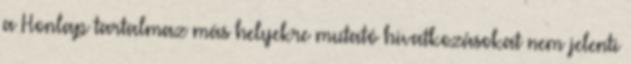
a Honlap tartalmaz más helyekre mutató hivatkozásokat nem jelenti